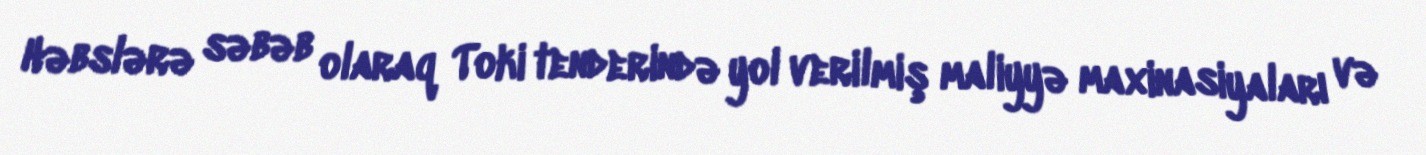
Həbslərə səbəb olaraq Toki tenderində yol verilmiş maliyyə maxinasiyaları və